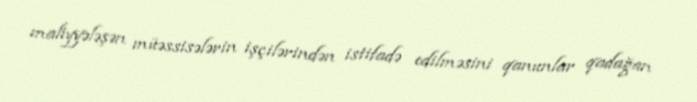
maliyyələşən müəssisələrin işçilərindən istifadə edilməsini qanunlar qadağan